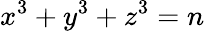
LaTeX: x^{3}+y^{3}+z^{3}=n